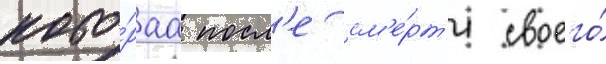
кото́раа посл'е см'е́рт'и своего́